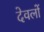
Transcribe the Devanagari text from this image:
देवलों